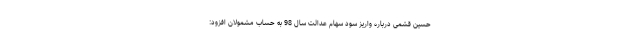
حسین قَشمی درباره واریز سود سهام عدالت سال 98 به حساب مشمولان افزود: